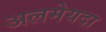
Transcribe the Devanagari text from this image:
अलमेयदा